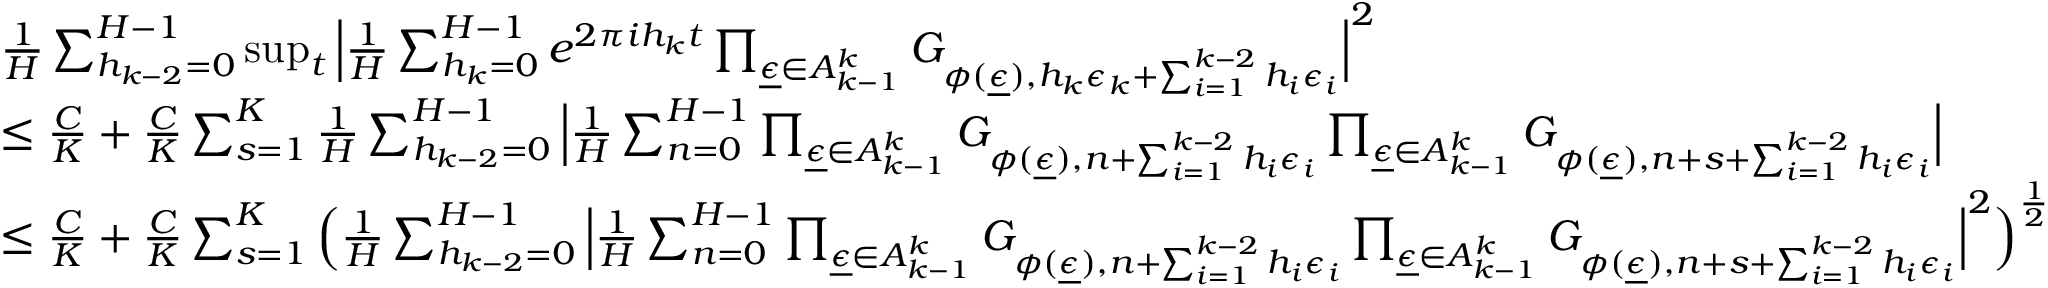
\begin{array} { r l } & { \frac { 1 } { H } \sum _ { h _ { k - 2 } = 0 } ^ { H - 1 } \operatorname* { s u p } _ { t } \Big | \frac { 1 } { H } \sum _ { h _ { k } = 0 } ^ { H - 1 } e ^ { 2 \pi i h _ { k } t } \prod _ { \underline { { \epsilon } } \in A _ { k - 1 } ^ { k } } G _ { \phi ( \underline { { \epsilon } } ) , h _ { k } \epsilon _ { k } + \sum _ { i = 1 } ^ { k - 2 } h _ { i } \epsilon _ { i } } \Big | ^ { 2 } } \\ & { \le \frac { C } { K } + \frac { C } { K } \sum _ { s = 1 } ^ { K } \frac { 1 } { H } \sum _ { h _ { k - 2 } = 0 } ^ { H - 1 } \Big | \frac { 1 } { H } \sum _ { n = 0 } ^ { H - 1 } \prod _ { \underline { { \epsilon } } \in A _ { k - 1 } ^ { k } } G _ { \phi ( \underline { { \epsilon } } ) , n + \sum _ { i = 1 } ^ { k - 2 } h _ { i } \epsilon _ { i } } \prod _ { \underline { { \epsilon } } \in A _ { k - 1 } ^ { k } } G _ { \phi ( \underline { { \epsilon } } ) , n + s + \sum _ { i = 1 } ^ { k - 2 } h _ { i } \epsilon _ { i } } \Big | } \\ & { \le \frac { C } { K } + \frac { C } { K } \sum _ { s = 1 } ^ { K } \Big ( \frac { 1 } { H } \sum _ { h _ { k - 2 } = 0 } ^ { H - 1 } \Big | \frac { 1 } { H } \sum _ { n = 0 } ^ { H - 1 } \prod _ { \underline { { \epsilon } } \in A _ { k - 1 } ^ { k } } G _ { \phi ( \underline { { \epsilon } } ) , n + \sum _ { i = 1 } ^ { k - 2 } h _ { i } \epsilon _ { i } } \prod _ { \underline { { \epsilon } } \in A _ { k - 1 } ^ { k } } G _ { \phi ( \underline { { \epsilon } } ) , n + s + \sum _ { i = 1 } ^ { k - 2 } h _ { i } \epsilon _ { i } } \Big | ^ { 2 } \Big ) ^ { \frac { 1 } { 2 } } } \end{array}